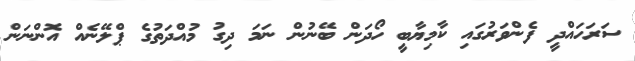
ސަރަހައްދީ ފެންވަރުގައި ކާމިޔާބީ ހޯދަން ބޭނުން ނަމަ ދިގު މުއްދަތުގެ ޕްލޭނެއް އޮންނަން